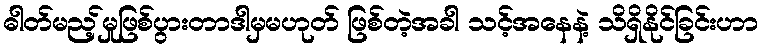
ဓါတ်မည့်မှုဖြစ်ပွားတာဒါမှမဟုတ် ဖြစ်တဲ့အခါ သင့်အနေနဲ့ သိရှိနိုင်ခြင်းဟာ